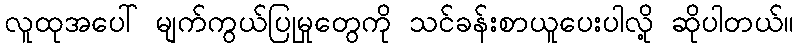
လူထုအပေါ် မျက်ကွယ်ပြုမှုတွေကို သင်ခန်းစာယူပေးပါလို့ ဆိုပါတယ်။